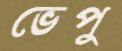
ভেপু